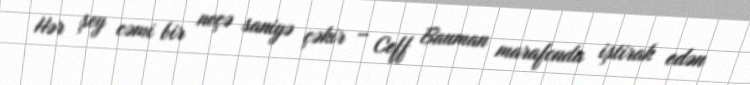
Hər şey cəmi bir neçə saniyə çəkir – Ceff Bauman marafonda iştirak edən